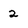
Character: 2